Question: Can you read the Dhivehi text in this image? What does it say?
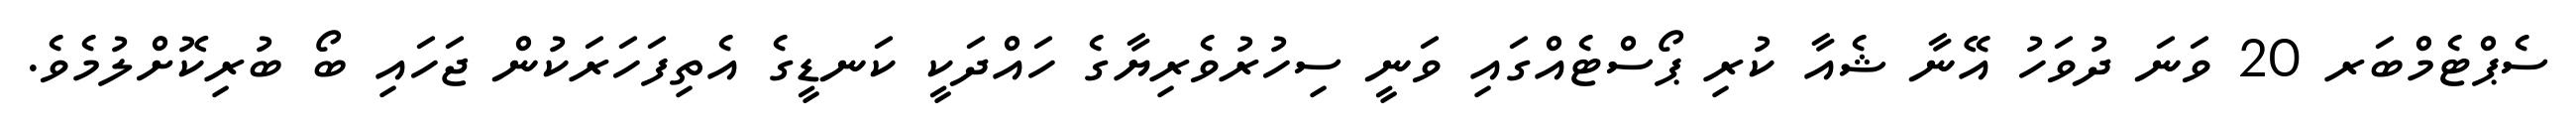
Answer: ސެޕްޓެމްބަރ 20 ވަނަ ދުވަހު އޭނާ ޝެއާ ކުރި ޕޯސްޓެއްގައި ވަނީ ސިހުރުވެރިޔާގެ ހައްދަކީ ކަނޑީގެ އެތިފަހަރަކުން ޖަހައި ބޯ ބުރިކޮށްލުމެވެ.